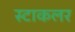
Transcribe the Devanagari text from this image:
स्टाकलर